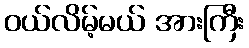
ဝယ်လိမ့်မယ် အားကြီး